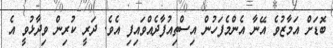
ބޮޑަށް އަމާޒުވެ އޭނާ އެންމެފަހުން އިސްތިއުފާދެއްވައިފި އެވެ. ދަރީ ކުރިން ވިދާޅުވީ އެ